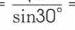
\(\frac{}{\sin30^{\circ}}\)